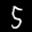
Label: 5